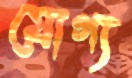
যোগ্য